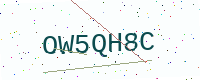
Text: OW5QH8C